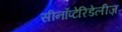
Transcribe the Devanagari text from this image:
सीनॉप्टेरिडेलीज़